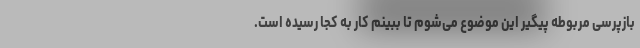
بازپرسی مربوطه پیگیر این موضوع می‌شوم تا ببینم کار به کجا رسیده است.